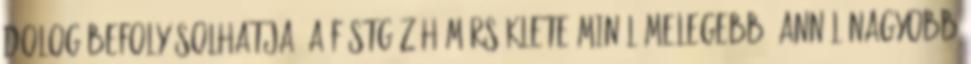
dolog befolyásolhatja: A füstgáz hőmérséklete minél melegebb, annál nagyobb